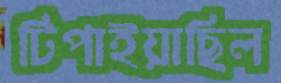
টিপাইয়াছিল